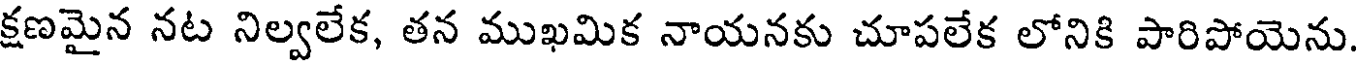
క్షణమైన నట నిల్వలేక, తన ముఖమిక నాయనకు చూపలేక లోనికి పారిపోయెను